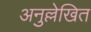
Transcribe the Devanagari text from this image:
अनुल्लेखित